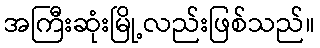
အကြီးဆုံးမြို့လည်းဖြစ်သည်။